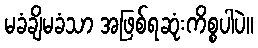
မခံချိမခံသာ အဖြစ်ရဆုံးကိစ္စပါပဲ။